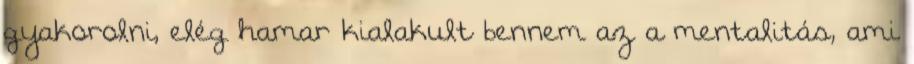
gyakorolni, elég hamar kialakult bennem az a mentalitás, ami